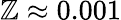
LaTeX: \mathbb{Z}\approx0.001